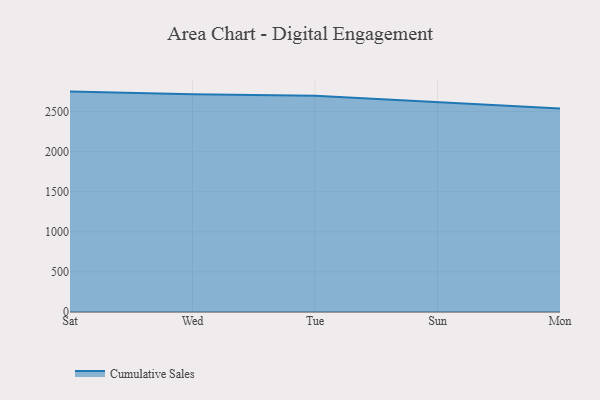
{"axis": {"x": "Day", "y": "Backlog"}, "legend": ["Cumulative Sales"], "data": [{"x": "Sat", "y": 2749.8, "type": "Cumulative Sales"}, {"x": "Wed", "y": 2716.6, "type": "Cumulative Sales"}, {"x": "Tue", "y": 2696.6, "type": "Cumulative Sales"}, {"x": "Sun", "y": 2617.5, "type": "Cumulative Sales"}, {"x": "Mon", "y": 2539.3, "type": "Cumulative Sales"}]}